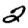
Digit: 2